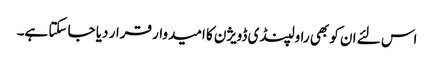
اس لئے ان کو بھی راولپنڈی ڈویژن کا امیدوار قرار دیا جا سکتا ہے۔